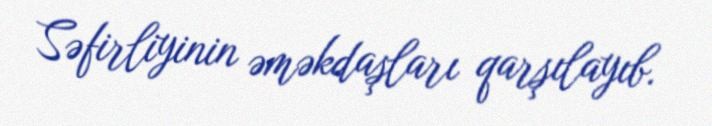
Səfirliyinin əməkdaşları qarşılayıb.